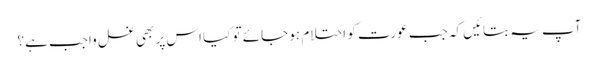
آپ یہ بتائیں کہ جب عورت کو احتلام ہو جائے تو کیا اس پر بھی غسل واجب ہے؟